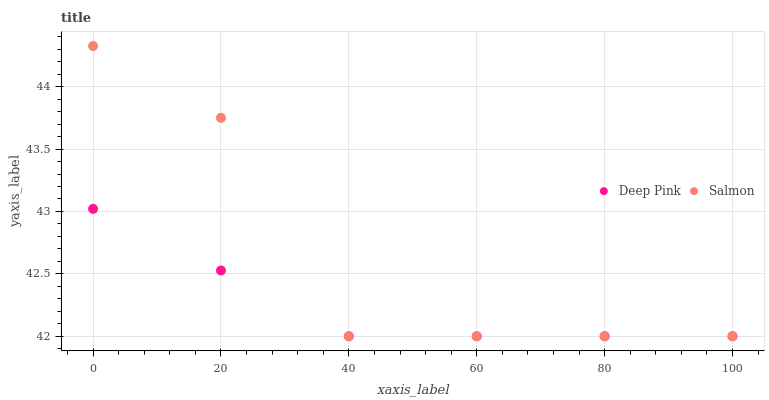
| xaxis_label | Deep Pink | Salmon |
 | --- | --- | --- |
 | 0 | 43 | 44.3 |
 | 20 | 42.5 | 43.8 |
 | 40 | 42 | 42 |
 | 60 | 42 | 42 |
 | 80 | 42 | 42 |
 | 100 | 42 | 42 |